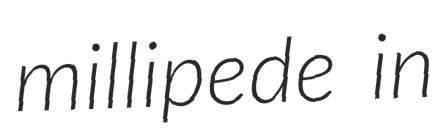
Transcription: millipede in